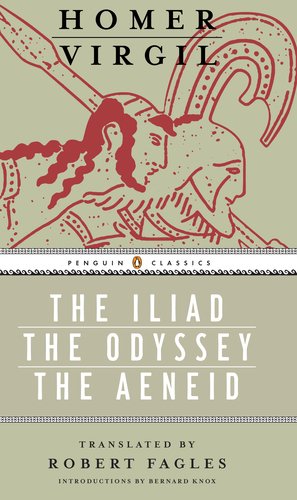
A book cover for Iliad, Odyssey, and Aeneid box set: (Penguin Classics Deluxe Edition); Homer; Literature & Fiction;